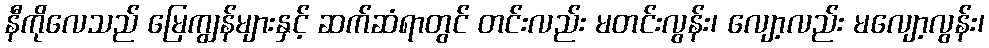
နီကိုလေသည် မြေကျွန်များနှင့် ဆက်ဆံရာတွင် တင်းလည်း မတင်းလွန်း၊ လျော့လည်း မလျော့လွန်း၊